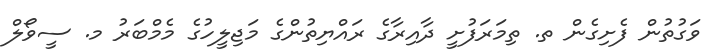
ވަގުތުން ފެށިގެން ތ. ތިމަރަފުށީ ދާއިރާގެ ރައްޔިތުންގެ މަޖިލީހުގެ މެމްބަރު މ. ސީވޯލް